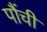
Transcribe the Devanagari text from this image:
पौंची